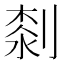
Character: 𠞘